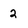
Character: 2